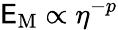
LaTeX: {\cal\mathsf{E}}_{\mathrm{{M}}}\propto\eta^{-p}